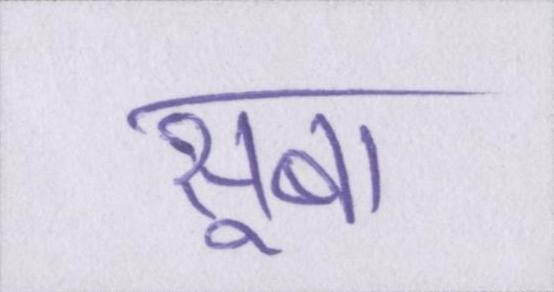
सूबा